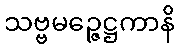
သဗ္ဗမဉ္ဇေဋ္ဌကာနိ